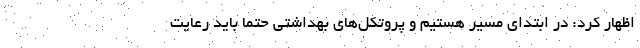
اظهار کرد: در ابتدای مسیر هستیم و پروتکل‌های بهداشتی حتما باید رعایت